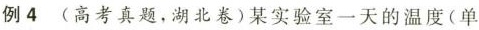
例4(高考真题，湖北卷)某实验室一天的温度(单